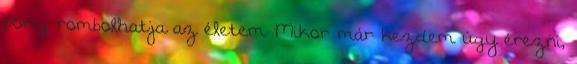
porig rombolhatja az életem. Mikor már kezdem úgy érezni,